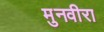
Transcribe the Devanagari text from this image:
मुनवीरा